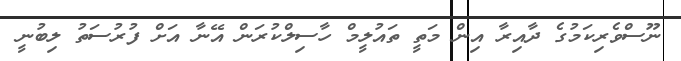
ނޫސްވެރިކަމުގެ ދާއިރާ އިން މަތީ ތައުލީމް ހާސިލްކުރަން އޭނާ އަށް ފުރުސަތު ލިބުނީ